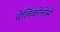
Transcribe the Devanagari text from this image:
वेलिकोनोसे